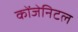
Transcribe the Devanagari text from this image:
कोंजेनिटल